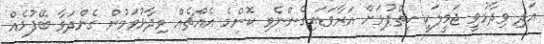
އަދި ވިދާޅުވީ ޖަމީލަކީ ހިތްޕުޅަށް އަރާވަޑައިގެންނެވި ކޮންމެ އެއްޗެއް ވިދާޅުވަމުން ގެންދަވާ ބޭފުޅެއް